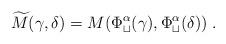
LaTeX: \begin{align*}\widetilde{M}(\gamma,\delta)=M(\Phi_\sqcup^\alpha(\gamma), \Phi_\sqcup^\alpha(\delta))\;.\end{align*}